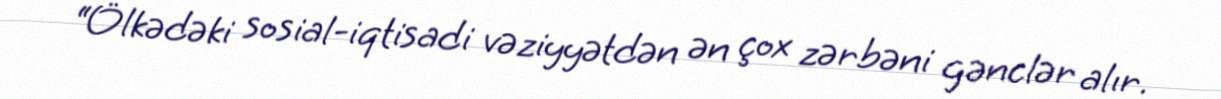
“Ölkədəki sosial-iqtisadi vəziyyətdən ən çox zərbəni gənclər alır.